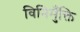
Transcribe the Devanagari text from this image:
विनिमुँक्ति